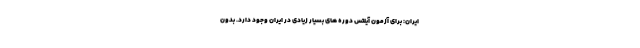
ایران: برای آزمون آیلتس دوره های بسیار زیادی در ایران وجود دارد. بدون